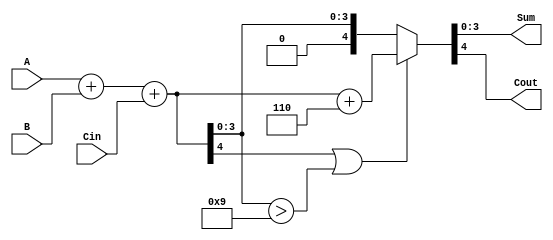
module BCD_Hybrid_Adder (
    input  [3:0] A,      // First BCD digit
    input  [3:0] B,      // Second BCD digit
    input        Cin,     // Carry input
    output reg [3:0] Sum, // BCD Sum output
    output reg Cout       // Carry output
);

// Internal signals
wire [4:0] S;          // 5-bit sum to handle overflow
wire [3:0] corrected_sum; // After BCD correction

// Binary addition
assign S = A + B + Cin;

// Determine if correction is needed: S[3:0] > 9 or S[4] == 1
always @(*) begin
    if (S[4] || (S[3:0] > 4'b1001)) begin
        // Apply BCD correction by adding 6
        {Cout, corrected_sum} = S + 4'b0110;
    end else begin
        // No correction needed
        {Cout, corrected_sum} = {1'b0, S[3:0]};
    end
end

// Final BCD sum
always @(*) begin
    Sum = corrected_sum;
end

endmodule